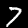
Label: 7